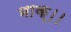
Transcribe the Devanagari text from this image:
भाक्।।